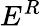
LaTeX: E^{R}